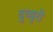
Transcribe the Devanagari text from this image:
दुव्वुरी